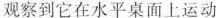
观察到它在水平桌面上运动